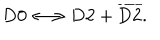
LaTeX: \mathrm { D 0 } \longleftrightarrow \mathrm { D 2 } + { \overline { { \mathrm { D 2 } } } } .